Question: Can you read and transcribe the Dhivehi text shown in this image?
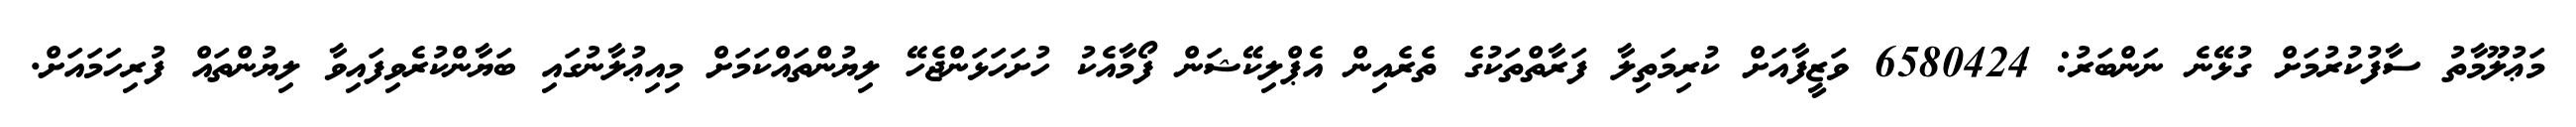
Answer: މަޢުލޫމާތު ސާފުކުރުމަށް ގުޅޭނެ ނަންބަރު: 6580424 ވަޒީފާއަށް ކުރިމަތިލާ ފަރާތްތަކުގެ ތެރެއިން އެޕްލިކޭޝަން ފޯމާއެކު ހުށަހަޅަންޖެހޭ ލިޔުންތައްކަމަށް މިއިޢުލާނުގައި ބަޔާންކުރެވިފައިވާ ލިޔުންތައް ފުރިހަމައަށް.